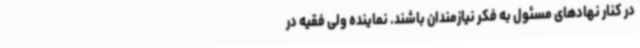
در کنار نهادهای مسئول به فکر نیازمندان باشند. نماینده ولی فقیه در